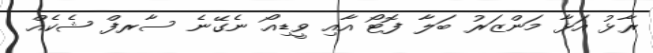
ރާޅު އަޅާ މަންޒަރު ބަލާ ފޮޓޯ އާއި ވީޑިއޯ ނެގޭނެ ސާރފް ޝެކެއް